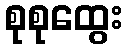
စုစုထွေး